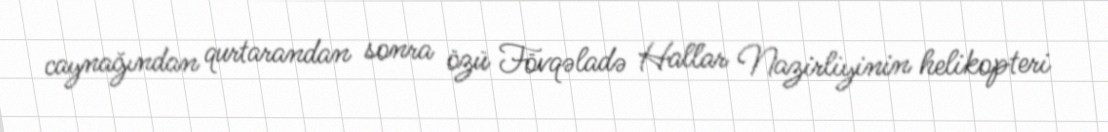
caynağından qurtarandan sonra özü Fövqəladə Hallar Nazirliyinin helikopteri